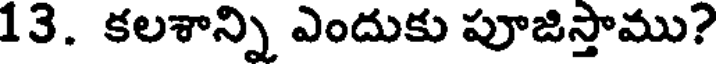
13. కలశాన్ని ఎందుకు పూజిస్తాము?